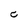
Character: C